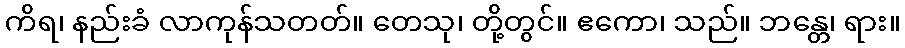
ကိရ၊ နည်းခံ လာကုန်သတတ်။ တေသု၊ တို့တွင်။ ဧကော၊ သည်။ ဘန္တေ၊ ရား။